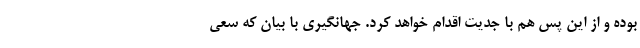
بوده و از این پس هم با جدیت اقدام خواهد کرد. جهانگیری با بیان که سعی